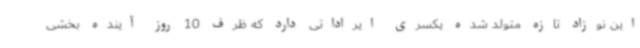
این نوزاد تازه متولد شده یکسری ایراداتی دارد که ظرف 10 روز آینده بخشی